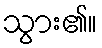
သွား၏။